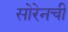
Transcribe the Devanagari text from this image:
सोरेनची